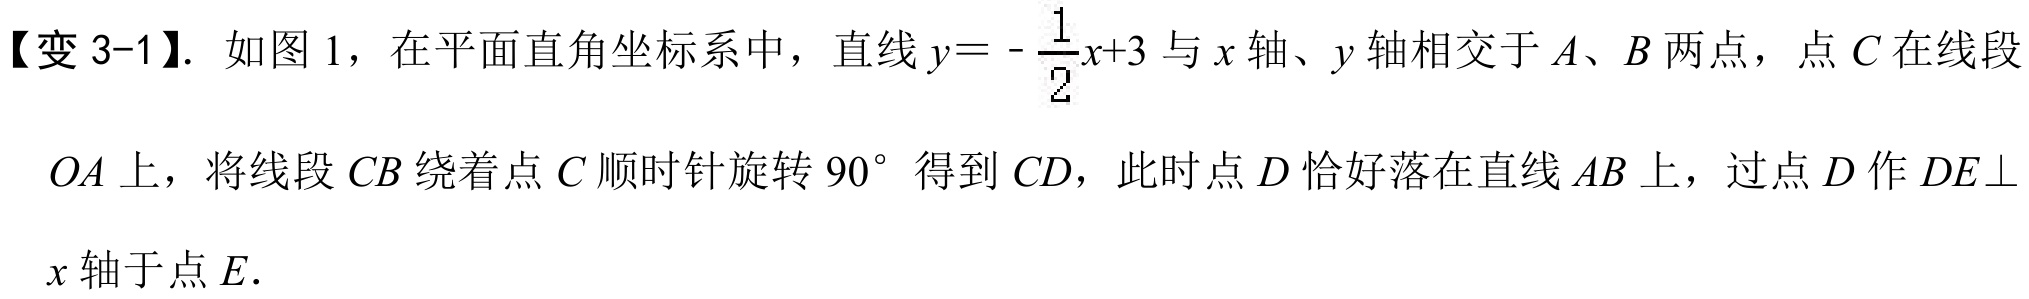
【变3-1】. 如图1，在平面直角坐标系中，直线\(y = -\frac{1}{2}x + 3\)与\(x\)轴、\(y\)轴相交于\(A、B\)两点，点\(C\)在线段
\(OA\)上，将线段\(CB\)绕着点\(C\)顺时针旋转\(90^{\circ}\)得到\(CD\)，此时点\(D\)恰好落在直线\(AB\)上，过点\(D\)作\(DE\perp\)
\(x\)轴于点\(E\)．